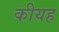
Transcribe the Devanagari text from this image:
कीयह